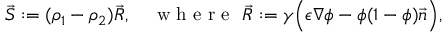
\vec { S } : = ( \rho _ { 1 } - \rho _ { 2 } ) \vec { R } , \quad \mathrm { ~ w ~ h ~ e ~ r ~ e ~ } ~ \vec { R } : = \gamma \Big ( \epsilon \nabla \phi - \phi ( 1 - \phi ) \vec { n } \Big ) ,